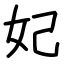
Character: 妃